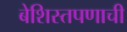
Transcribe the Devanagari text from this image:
बेशिस्तपणाची